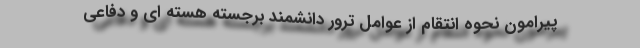
پیرامون نحوه انتقام از عوامل ترور دانشمند برجسته هسته ای و دفاعی